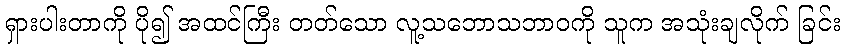
ရှားပါးတာကို ပို၍ အထင်ကြီး တတ်သော လူ့သဘောသဘာဝကို သူက အသုံးချလိုက် ခြင်း